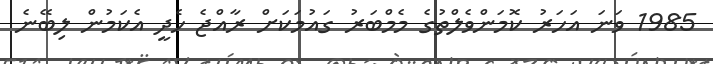
1985 ވަނަ އަހަރު ކޮމަންވެލްތުގެ މެމްބަރު ގައުމަކަށް ރާއްޖެ ހެދީ އެކަމުން ލިބޭނެ